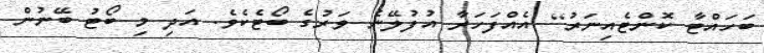
ބަހައްޓާ ކޮންޓެއިނަރު] އެއްފަހަރާ އުފުލޭނެ ވަރުގެ ބޯޓެކެވެ. އަދި މި ބޯޓު ބޭނުން